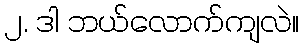
၂. ဒါ ဘယ်လောက်ကျလဲ။